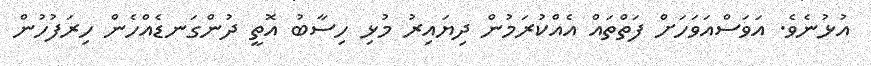
އުޅުނެވެ. އަވަސްއަވަހަށް ފަތްތައް އެއްކުރަމުން ދިޔައިރު މުޅި ހިސާބު އޮތީ ދުންގަނޑެއްހެން ހިރަފުހުން